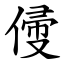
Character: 㑴